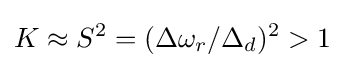
K\approx S^{2}=(\Delta \omega _{r}/\Delta _{d})^{2}>1